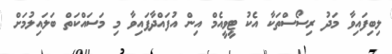
ލިބިފައިވާ މަދު ރިސޯސްތަކާ އެކު ޓީވީއެމް އިން އުފައްދާފައިވާ މި މަސައްކަތް ބަލައިލުމަށް